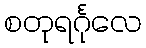
စတုရင်္ဂုလေ